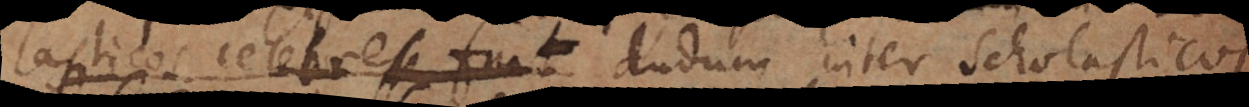
Scholasticos celebre fuit inter Scholasticos